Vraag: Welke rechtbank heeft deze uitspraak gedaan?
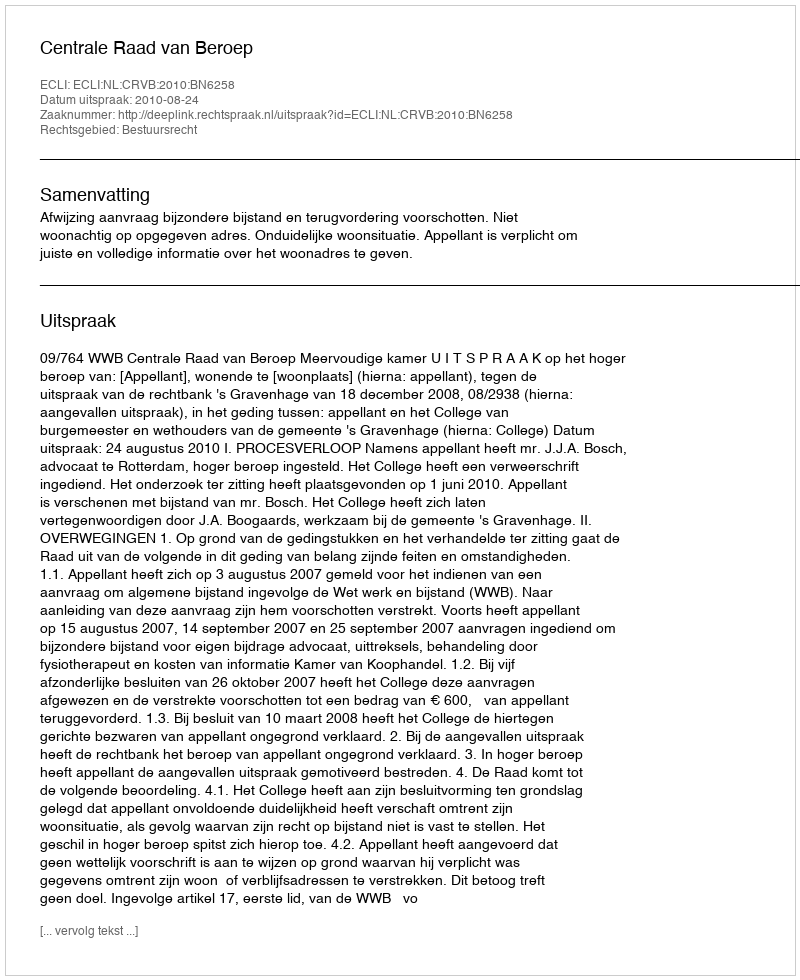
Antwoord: Centrale Raad van Beroep